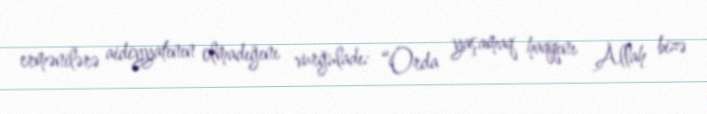
ermənilərə aidiyyatının olmadığını vurğuladı: “Orda yaşamaq haqqını Allah bizə